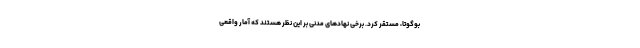
بوگوتا، مستقر کرد. برخی نهادهای مدنی بر این نظر هستند که آمار واقعی